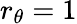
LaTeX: r_{\theta}=1